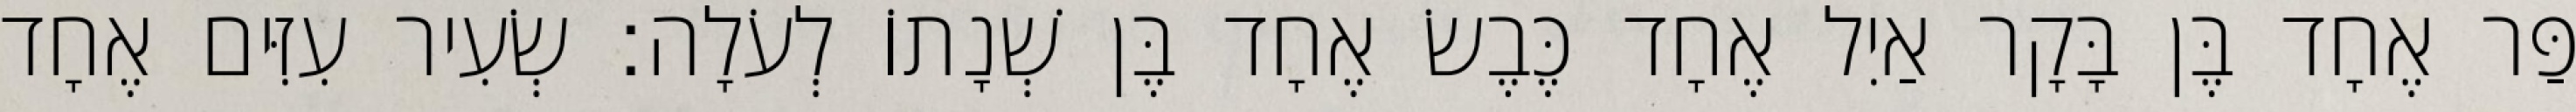
פַּר אֶחָד בֶּן בָּקָר אַיִל אֶחָד כֶּבֶשׂ אֶחָד בֶּן שְׁנָתוֹ לְעֹלָה׃ שְׂעִיר עִזִּים אֶחָד